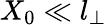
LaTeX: X_{0}\ll l_{\perp}